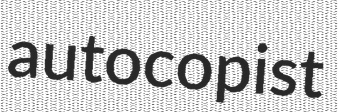
autocopist